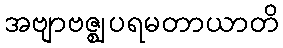
အဗျာဗဇ္ဈပရမတာယာတိ